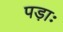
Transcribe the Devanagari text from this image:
पड़ाः